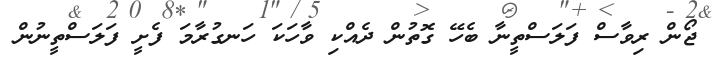
ޖޯން ރިވާސް ފަލަސްތީނާ ބެހޭ ގޮތުން ދެއްކި ވާހަކަ ހަނގުރާމަ ފެށީ ފަލަސްތީނުން